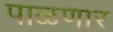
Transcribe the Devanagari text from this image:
पाळणार